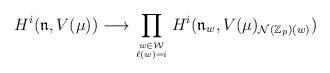
LaTeX: \begin{align*}H^i({{{{\mathfrak n}}}},V(\mu))\longrightarrow\prod_{w\in {\mathcal W}\atop \ell(w)=i}H^i({\mathfrak n}_w,V(\mu)_{{\mathcal N}({\mathbb Z}_p)(w)})\end{align*}